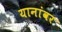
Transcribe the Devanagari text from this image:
यानांवर